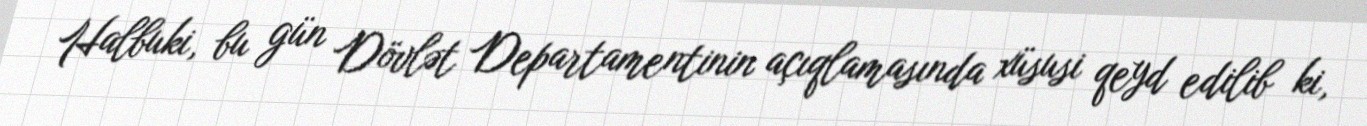
Halbuki, bu gün Dövlət Departamentinin açıqlamasında xüsusi qeyd edilib ki,